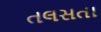
તલસતા